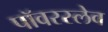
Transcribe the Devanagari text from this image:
पॉवरस्लेव